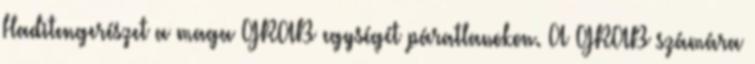
Haditengerészet a maga GRAB egységét páratlanokon. A GRAB számára